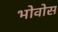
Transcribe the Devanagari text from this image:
भोवोस